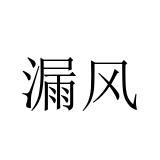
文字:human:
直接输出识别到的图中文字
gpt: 漏风